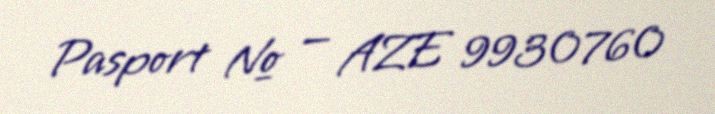
Pasport № — AZE 9930760